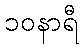
၁၀နာရီ